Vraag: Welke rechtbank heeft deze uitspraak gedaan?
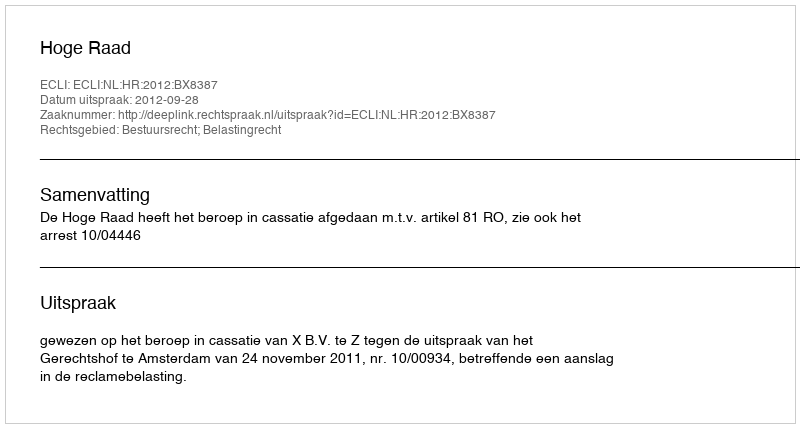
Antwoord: Hoge Raad